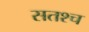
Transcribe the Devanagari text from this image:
सतश्च